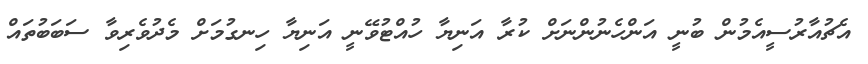
އެޗުއާރުސީއެމުން ބުނީ އަންހެނުންނަށް ކުރާ އަނިޔާ ހުއްޓުވޭނީ އަނިޔާ ހިނގުމަށް މެދުވެރިވާ ސަބަބުތައް